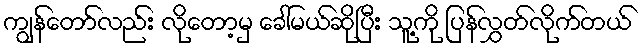
ကျွန်တော်လည်း လိုတော့မှ ခေါ်မယ်ဆိုပြီး သူ့ကို ပြန်လွှတ်လိုက်တယ်